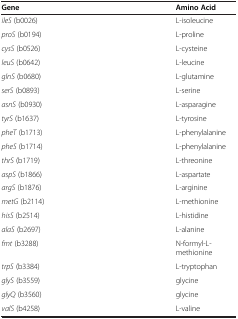
| Gene | Amino Acid |
 | --- | --- |
 | ileS (b0026) | L-isoleucine |
 | proS (b0194) | L-proline |
 | cysS (b0526) | L-cysteine |
 | leuS (b0642) | L-leucine |
 | glnS (b0680) | L-glutamine |
 | serS (b0893) | L-serine |
 | asnS (b0930) | L-asparagine |
 | tyrS (b1637) | L-tyrosine |
 | pheT (b1713) | L-phenylalanine |
 | pheS (b1714) | L-phenylalanine |
 | thrS (b1719) | L-threonine |
 | aspS (b1866) | L-aspartate |
 | argS (b1876) | L-arginine |
 | metG (b2114) | L-methionine |
 | hisS (b2514) | L-histidine |
 | alaS (b2697) | L-alanine |
 | fmt (b3288) | N-formyl-L-methionine |
 | trpS (b3384) | L-tryptophan |
 | glyS (b3559) | glycine |
 | glyQ (b3560) | glycine |
 | valS (b4258) | L-valine |